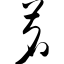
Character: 茗